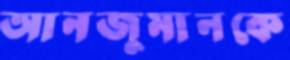
আনজুমানকে